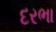
દરભા